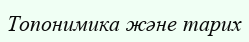
Топонимика және тарих